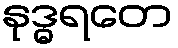
နုဒ္ဓရတေ